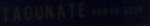
TADONATE